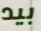
بيد